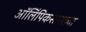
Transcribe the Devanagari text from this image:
ऑलिंपिकसारख्या